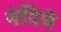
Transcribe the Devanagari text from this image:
नंदिचे